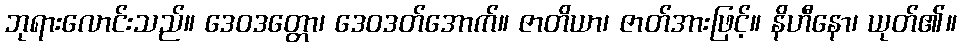
ဘုရားလောင်းသည်။ ဒေဝဒတ္တော၊ ဒေဝဒတ်အောက်။ ဇာတိယာ၊ ဇာတ်အားဖြင့်။ နိဟီနော၊ ယုတ်၏။